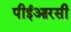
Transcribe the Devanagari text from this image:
पीईआरसी